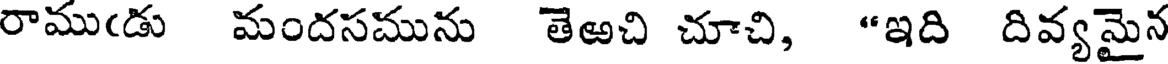
రాముఁడు మందసమును తెఱచి చూచి, "ఇది దివ్యమైన